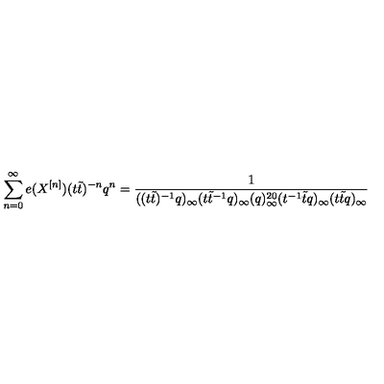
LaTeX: \sum _ { n = 0 } ^ { \infty } e ( X ^ { [ n ] } ) ( t \tilde { t } ) ^ { - n } q ^ { n } = \frac { 1 } { ( ( t \tilde { t } ) ^ { - 1 } q ) _ { \infty } ( t \tilde { t } ^ { - 1 } q ) _ { \infty } ( q ) _ { \infty } ^ { 2 0 } ( t ^ { - 1 } \tilde { t } q ) _ { \infty } ( t \tilde { t } q ) _ { \infty } }